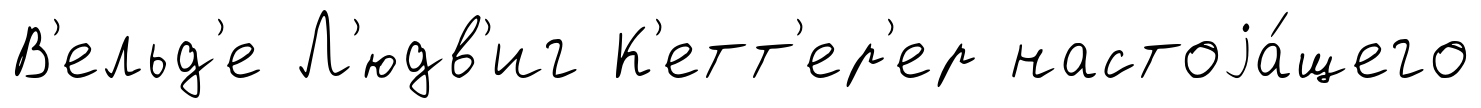
В'ельд'е Л'юдв'иг К'етт'ер'ер настоjа́щего